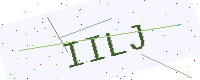
Text: IILJ